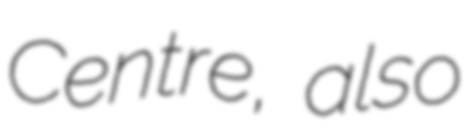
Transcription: Centre, also